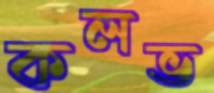
কলভ